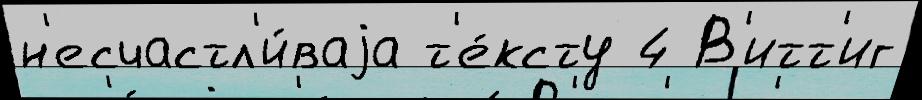
н'есчастл'и́ваjа т'е́ксту 4 В'итт'иг